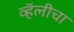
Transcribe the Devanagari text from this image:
व्हॅलीचा